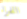
الفراء